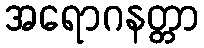
အရောဂနတ္တာ